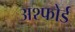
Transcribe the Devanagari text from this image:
अश्फोर्ड